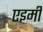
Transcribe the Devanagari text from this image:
एइमी